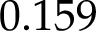
0 . 1 5 9